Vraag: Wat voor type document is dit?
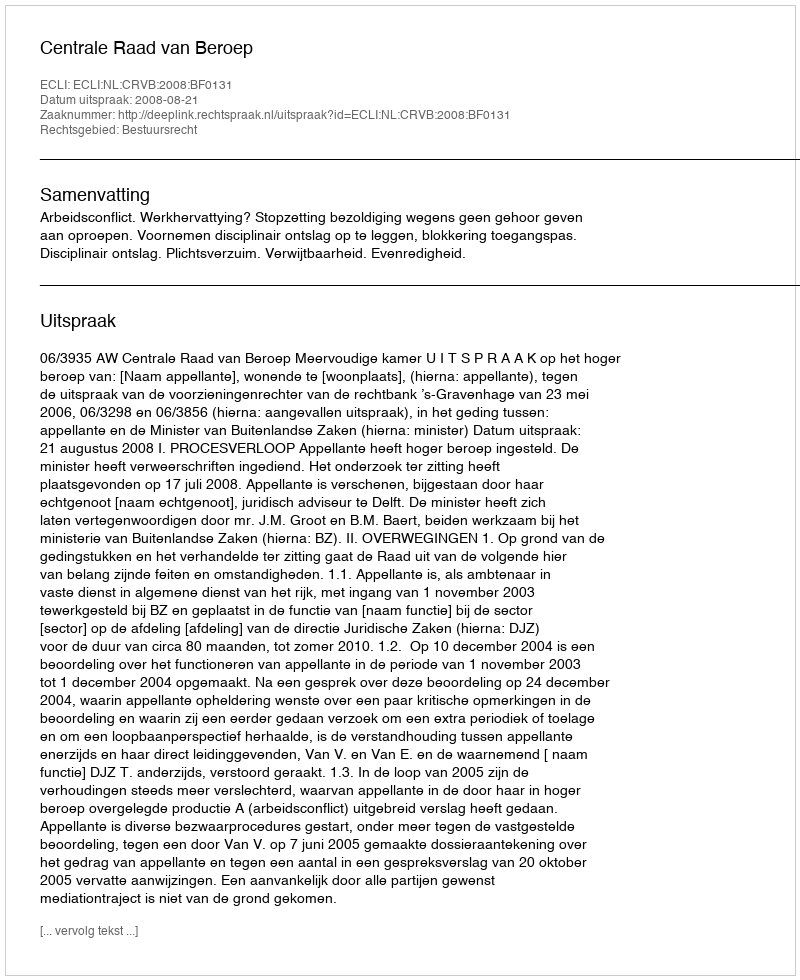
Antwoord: Uitspraak